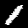
Label: 1